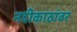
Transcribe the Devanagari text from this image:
नदीकाठांवर